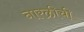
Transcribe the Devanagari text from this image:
नारळीची